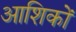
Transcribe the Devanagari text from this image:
आशिकों